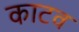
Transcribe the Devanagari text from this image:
काटव